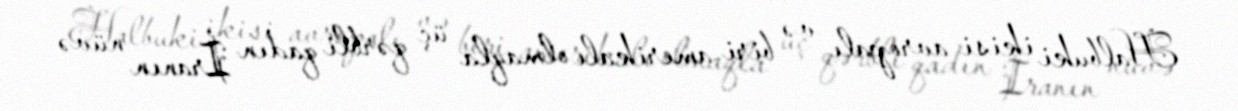
Halbuki ikisi avropalı və biri amerikalı olmaqla üç qərbli qadın İranın nüvə